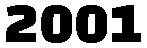
2001